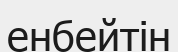
енбейтін